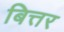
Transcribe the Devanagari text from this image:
बित्तर